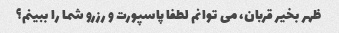
ظهر بخیر قربان، می توانم لطفا پاسپورت و رزرو شما را ببینم؟